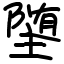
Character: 𫝡